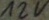
Text: 12V